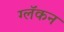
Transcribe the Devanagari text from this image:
ग्लॅकन